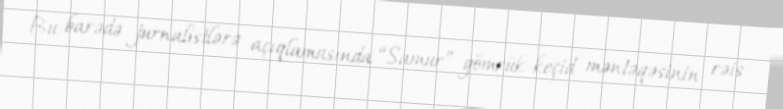
Bu barədə jurnalistlərə açıqlamasında “Samur” gömrük-keçid məntəqəsinin rəis